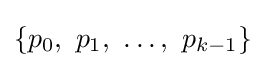
\{p_{0},\ p_{1},\ \dots ,\ p_{k-1}\}